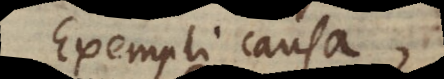
Exempli causa,